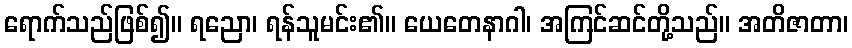
ရောက်သည်ဖြစ်၍။ ရညော၊ ရန်သူမင်း၏။ ယေတေနာဂါ၊ အကြင်ဆင်တို့သည်။ အတိဇာတာ၊